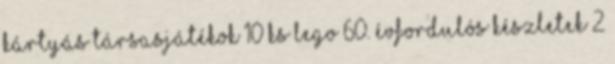
Kártyás társasjátékok 10 ks LEGO 60. évfordulós készletek 2